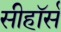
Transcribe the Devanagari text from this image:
सीहॉर्स